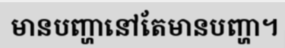
មានបញ្ហានៅតែមានបញ្ហា។